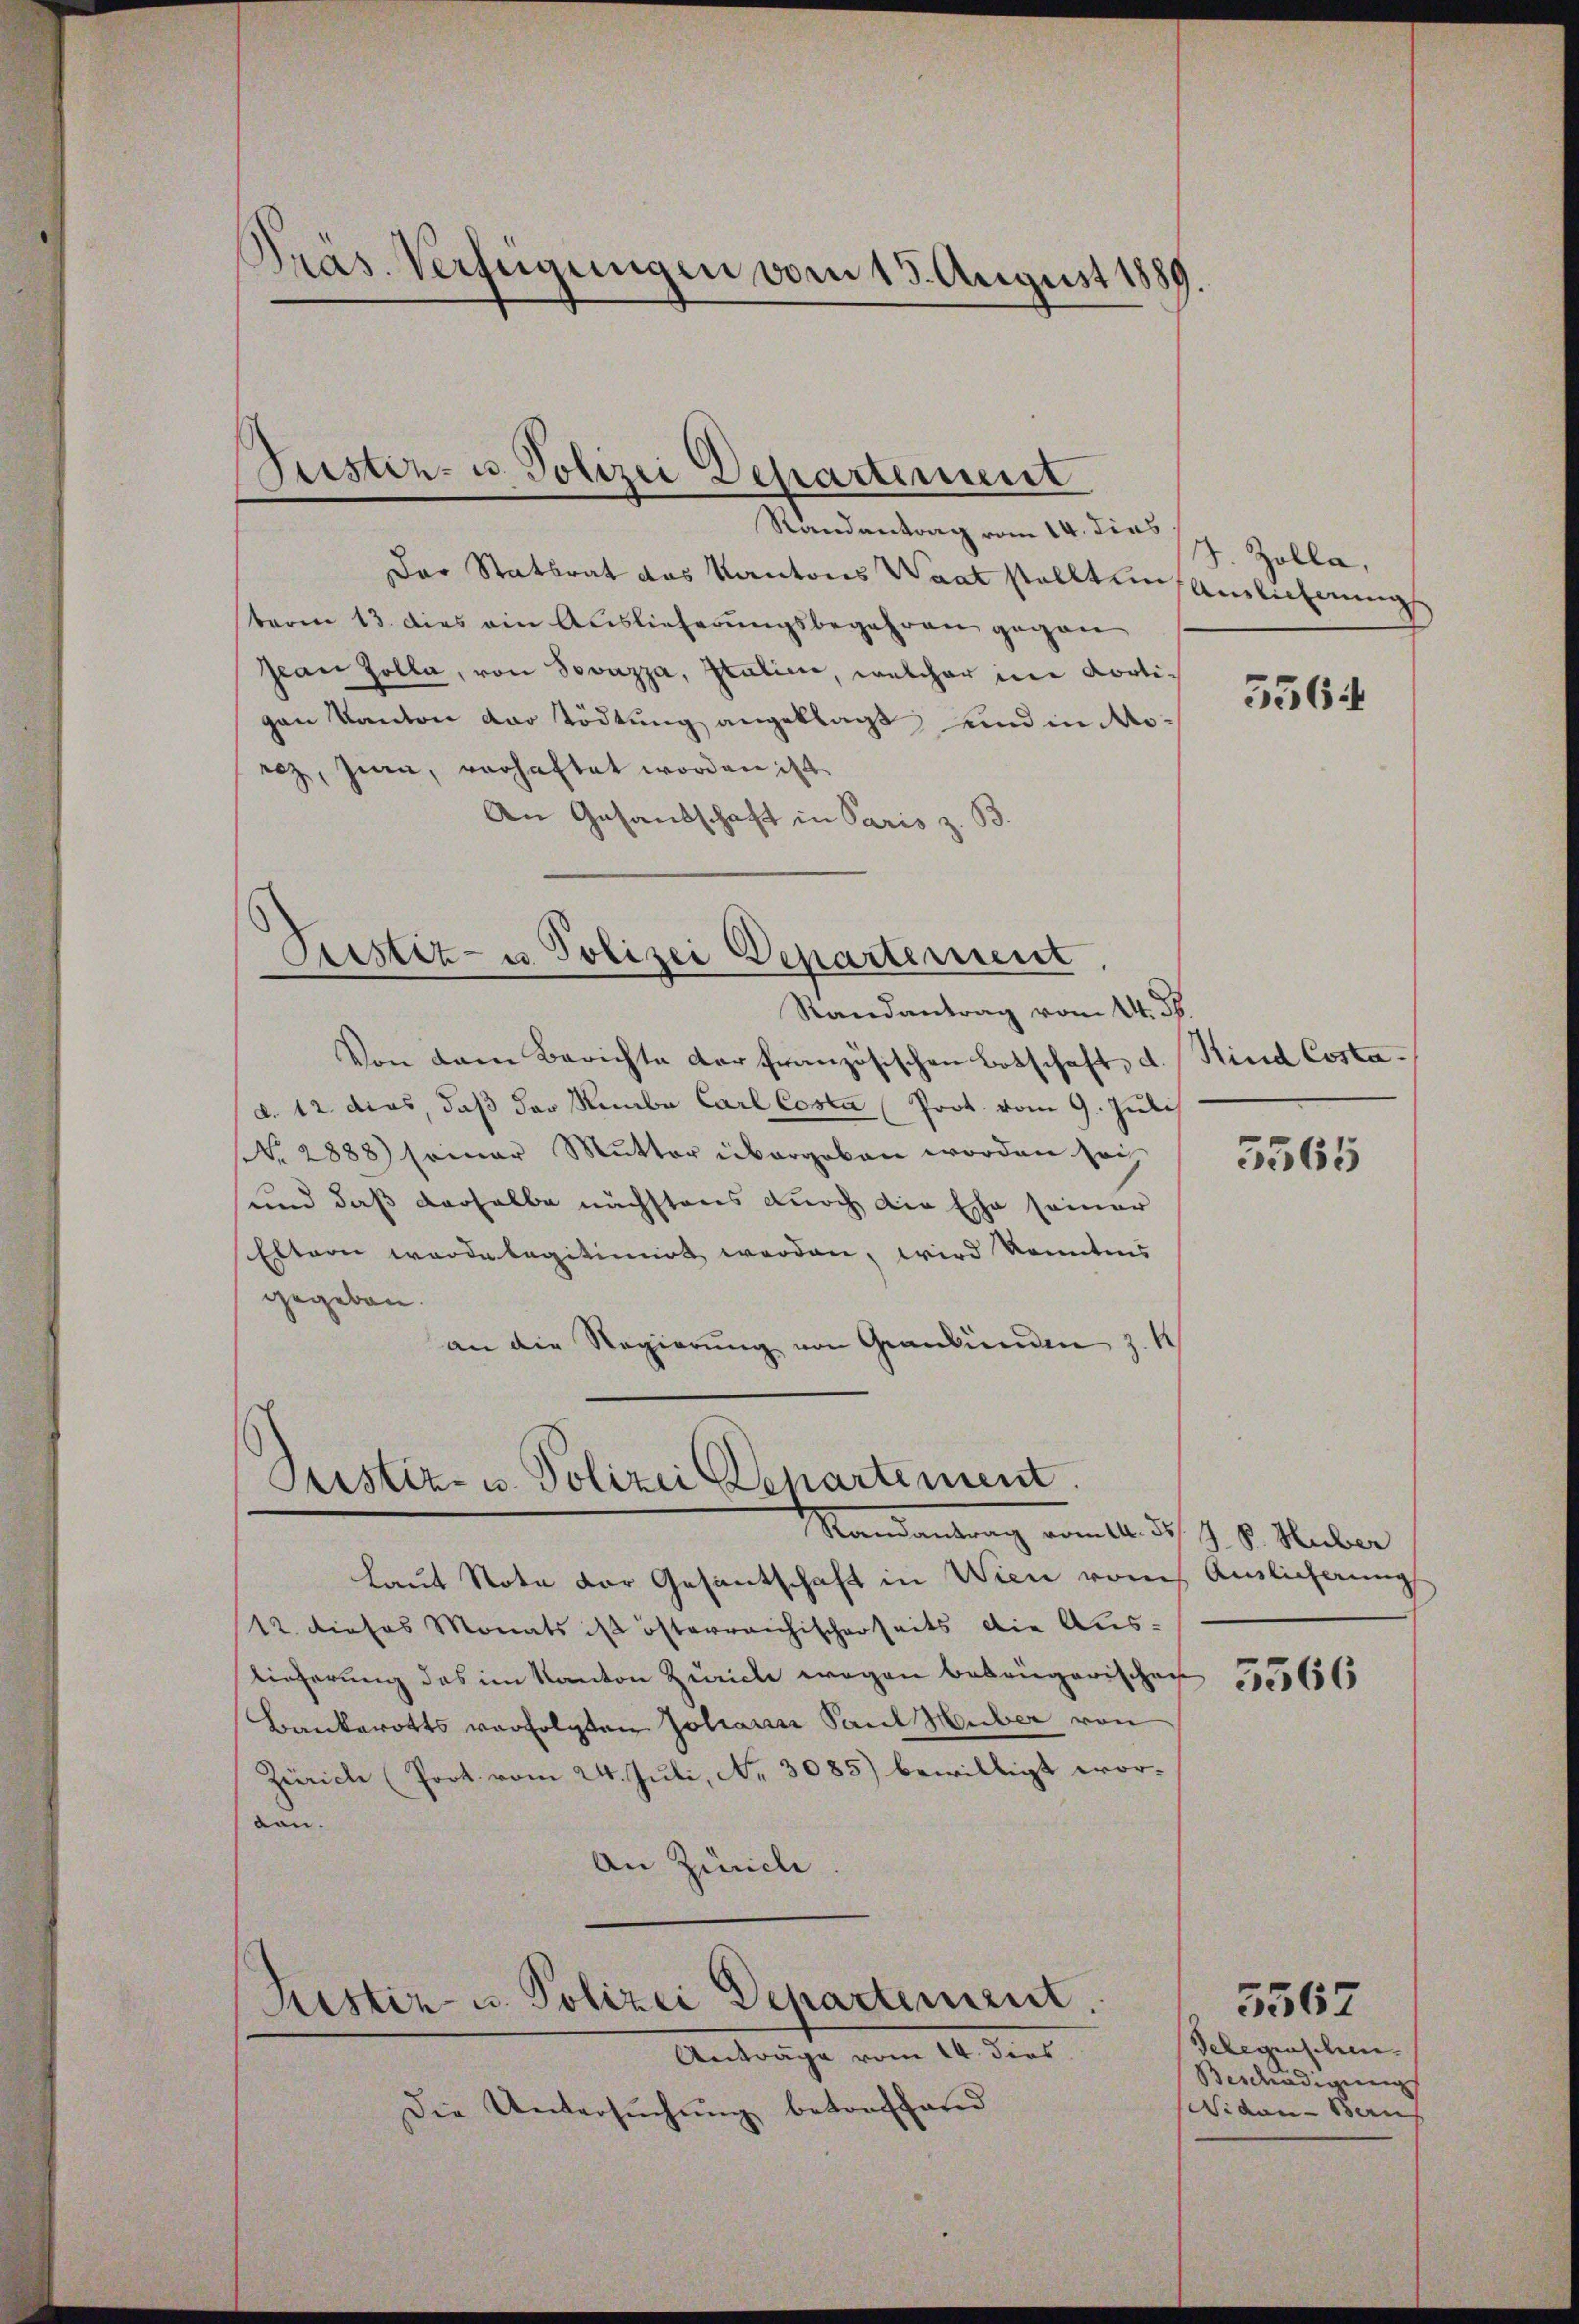
Präs. Verfügungen vom 15. August 1889

Justiz- u. Polizei Departement

Pustiz- u. Polizei Departement

Randantrag vom 14. d.
Von dem Berichte der französischen Botschaft, d. Kind Costad. 12. dies daß der Rambe Carl Cosen Prot. vom 9. Juli
NNo. 2888) seiner Mŭtter übergeben worden sei
und daß derselbe nächstens durch die Ehe seiner
Eltern wordelegitimirt werden, wird konntens
gegeben.
an die Regierŭng von Graubünden z. B

Justiz- u. Polizei Departement
Randantrag vom 11. d. J. P. Huber

laut Note der Gesantschaft in Wien vom Auslicherung
12. dieses Monats ist österreichischerseits die Aus-
Lieferung das im Kanton Zürich wegen bekangarischen
Bankerotts verfolgten Johann Paul Huber von
Zürich (Poot. vom 24. Juli, No. 3085) bewilligt wordon.
An Zürich

Restiz- u. Polizei Departement.

Randantrag vom 14. dies
Das Statsrat das Kantons Waat stellten Auslicherungs
berm 13. dies ein Auslieferungsbegehren gegen
Jean Zolla, von Sovazza, Italien, welcher in dortigan Kanton der Tödtung angeklagt, und in Norez, Juni, verhaftet worden ist.
An Gesandschaft in Paris z. B.

Anträge vom 14. dies
Die Untersuchung betreffend

J. Zolla,

5564

3565

3566

Gelegenschen.
Beschädigung
Nidau - Ben

5567